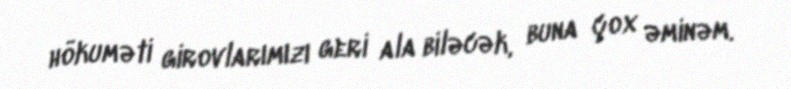
hökuməti girovlarımızı geri ala biləcək, buna çox əminəm.